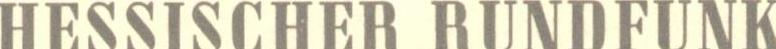
HESSISCHER RUNDFUNK